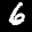
Digit: 6